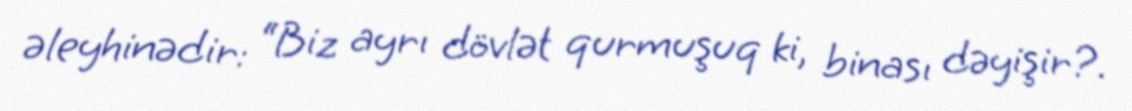
əleyhinədir: “Biz ayrı dövlət qurmuşuq ki, binası dəyişir?.